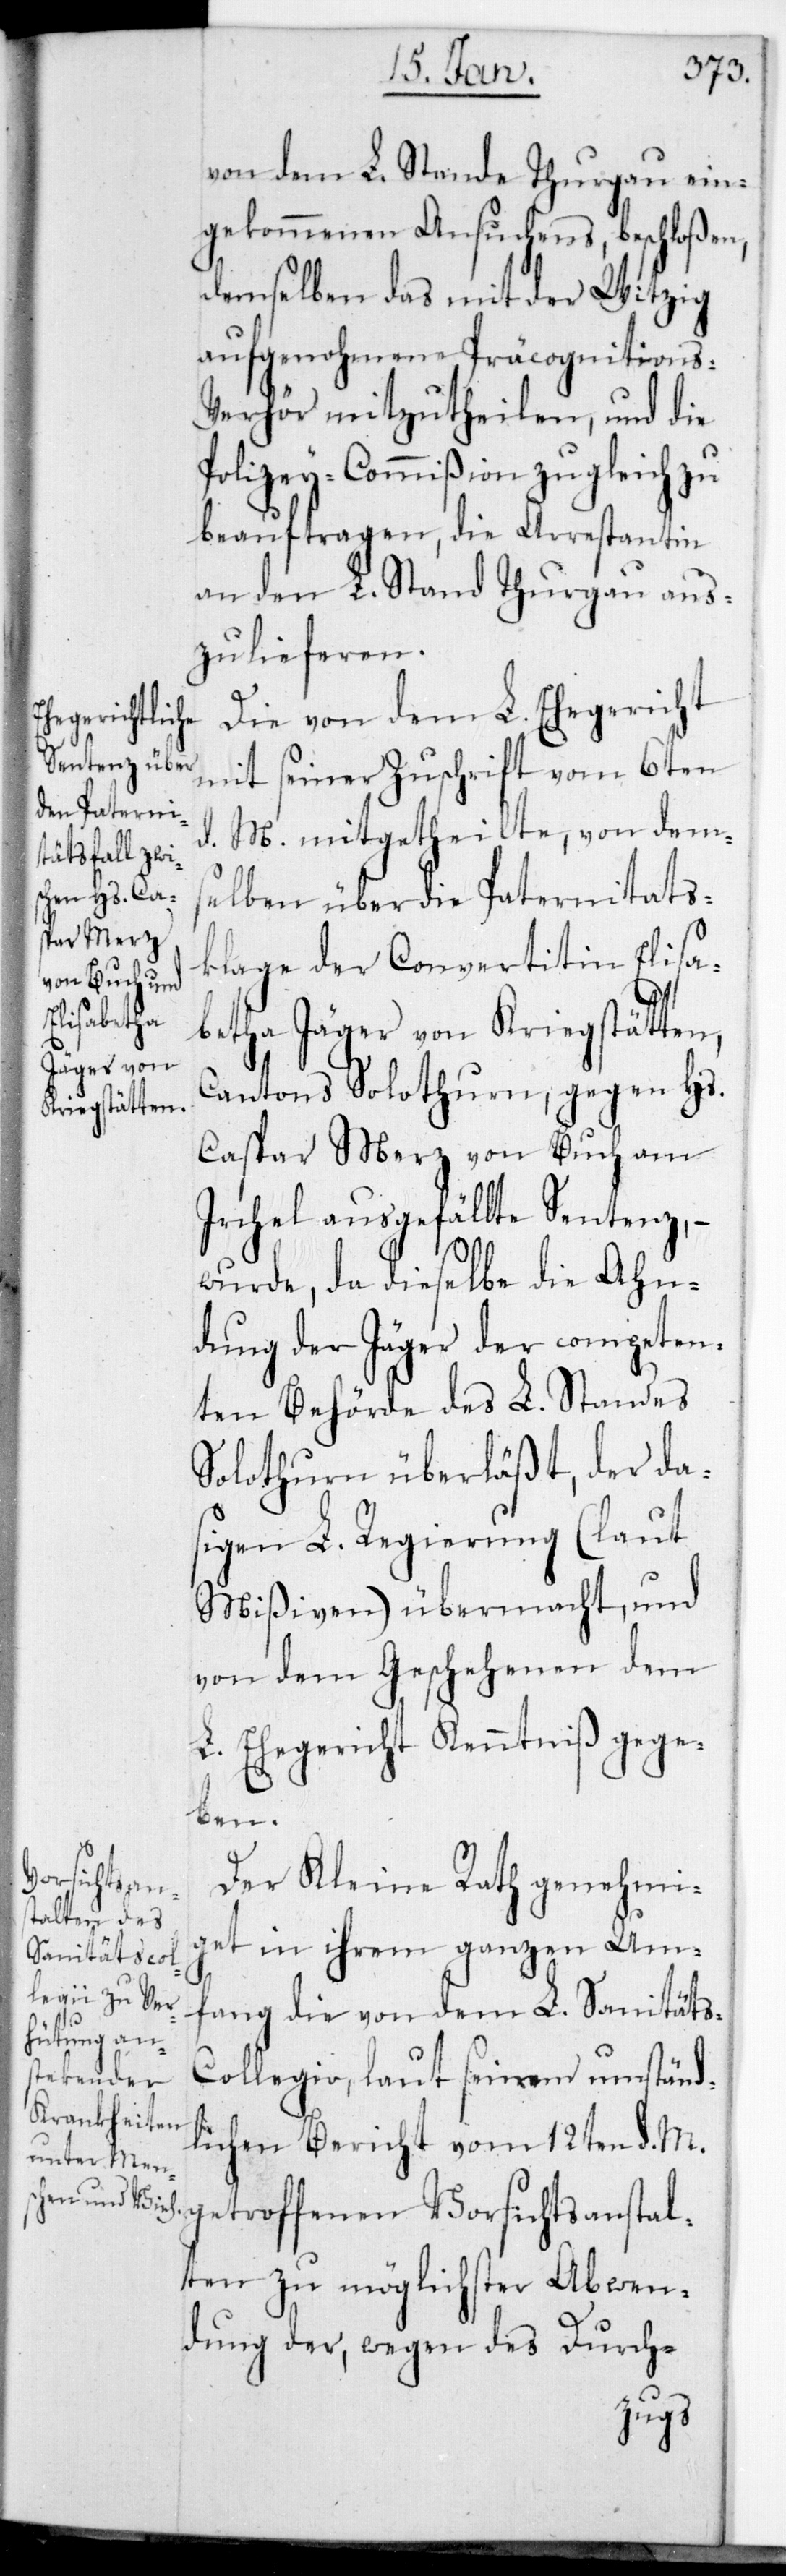
von dem L. Stande Thurgau ein¬
gekommenen Ansuchens beschloßen,
demselben das mit der Witzig
aufgenohmene Präcognitions-V¬
erhör mitzutheilen, und die
Polizey-Commißion zugleich zu
beauftragen, die Arrestantin
an den L. Stand Thurgau aus¬
zulieferen.
Die von dem L. Ehegericht
mit seiner Zuschrift vom 6ten
d. M. mitgetheilte, von dems¬
elben über die Paternitäts¬
klage der Convertitin Elisa¬
betha Jäger von Kriegstätten,
Cantons Solothurn, gegen Hs.
Caspar Merz von Buch am
Irchel ausgefällte Sentenz, –
wurde, da dieselbe die Ahn¬
dung der Jäger der competen¬
ten Behörde des L. Standes
Solothurn überläßt, der da¬
sigen L. Regierung (laut
Mißiven) übermacht, und
von dem Geschehenen dem
L. Ehegericht Kenntniß gege¬
ben.
Der Kleine Rath genehmig¬
et in ihrem ganzen Um¬
fang die von dem L. Sanitäts¬
collegio, laut seinem umständ¬
lichen Bericht vom 12ten d. M.
getrofffenen Vorsichtsanstal¬
ten zu möglichster Abwen¬
dung der, wegen des Durch-